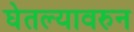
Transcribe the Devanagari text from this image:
घेतल्यावरुन